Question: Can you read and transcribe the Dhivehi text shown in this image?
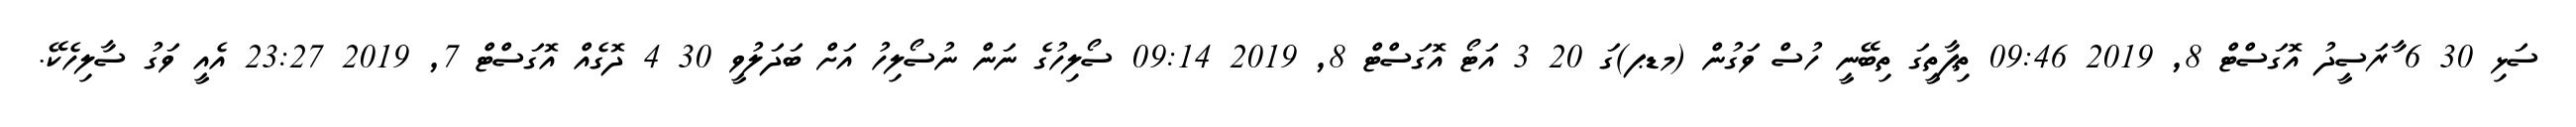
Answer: ސަޅި 30 6 ާރަސީދު އޮގަސްޓް 8, 2019 09:46 ތިޕާތީގަ ތިބޭނީ ހުސް ވަގުން (މޑޕ)ގަ 20 3 އަޓޯ އޮގަސްޓް 8, 2019 09:14 ސޯލިހުގެ ނަން ނުސޯލިހު އަށް ބަދަލުވީ 30 4 ދޮގެއް އޮގަސްޓް 7, 2019 23:27 އެއީ ވަގު ސާލިހެކޭ.